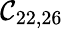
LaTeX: \mathcal{C}_{22,26}